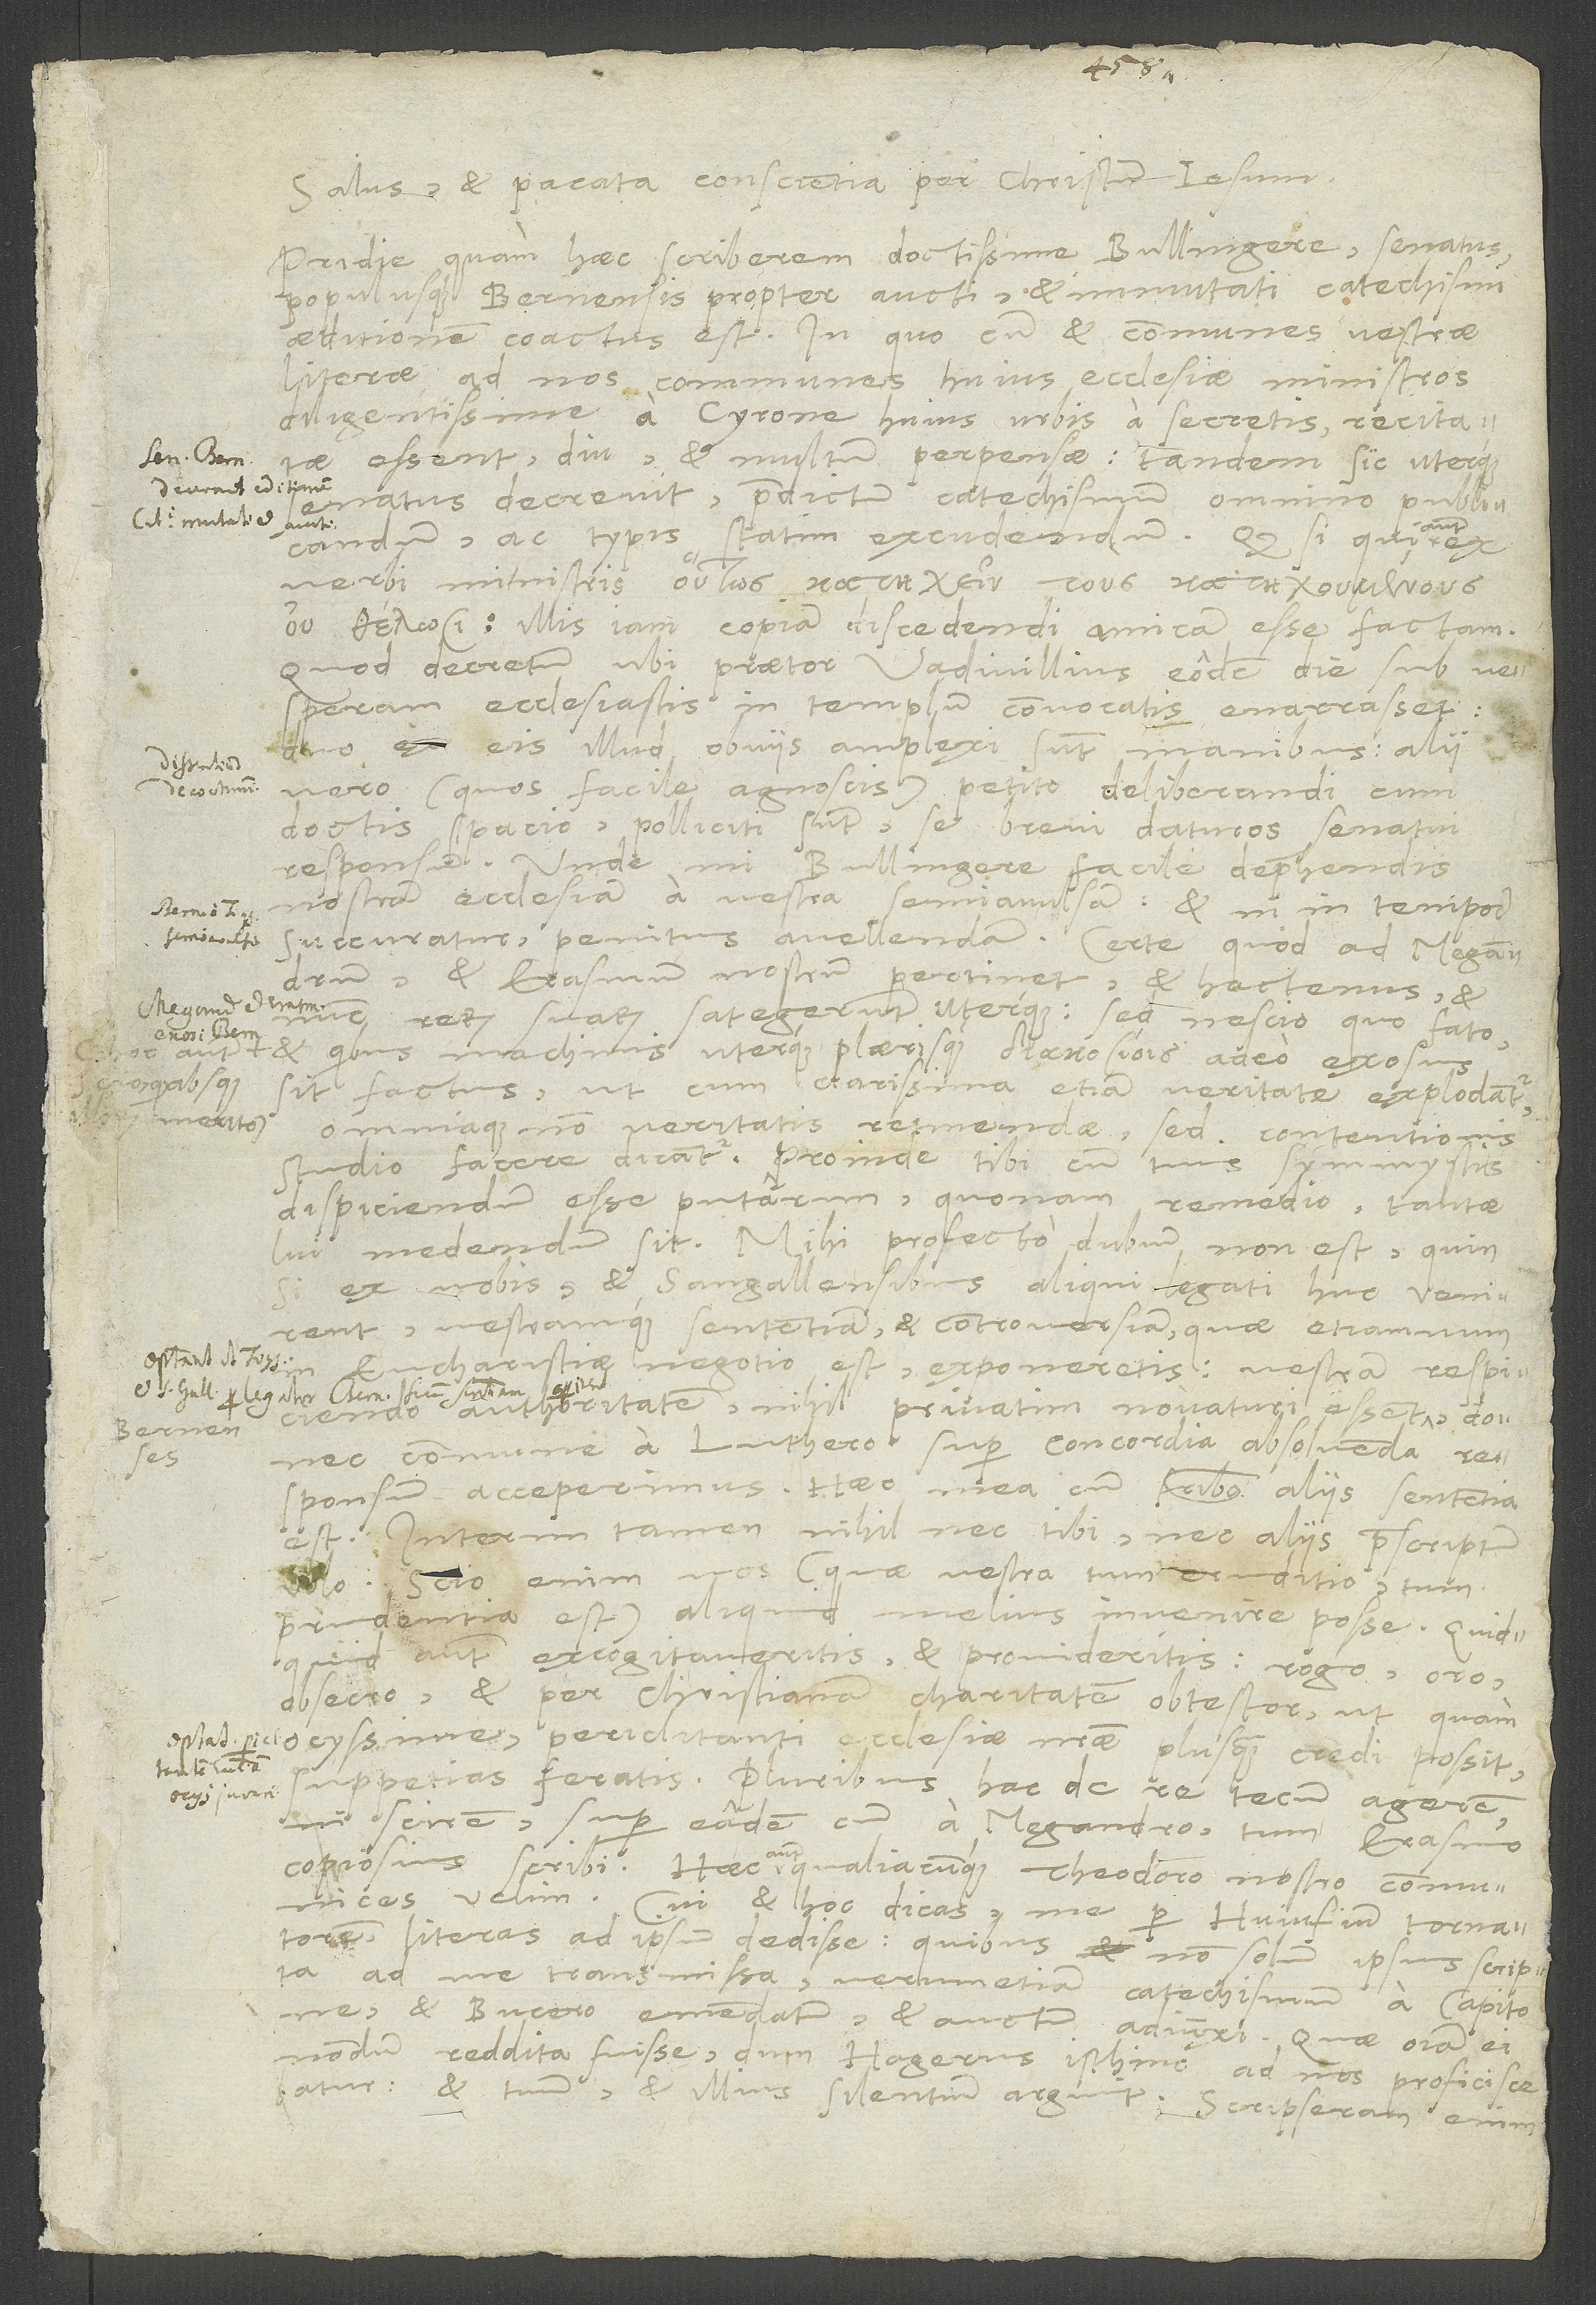
1537.
Salus et pacata conscientia per Christum Iesum.
Pridie quam haec scriberem, doctissime Bullingere, senatus
populusque Bernensis propter aucti et immutati catechismi
aeditionem coactus est. In quo cum et communes vestrae
literae ad nos communes huius ecclesiae ministros
diligentissime a Cyrone, huius urbis a secretis, recitatae
essent, diu et multum perpensae, tandem sic uterque
senatus decrevit: Praedictum catechismum omnino publicandum
ac typis statim excudendum. Quod si qui
verbi ministris ,
illis iam copiam discedendi amicam esse factam.
Quod decretum ubi praetor Vadivillius eodem die sub vesperam
ecclesiastis in templum convocatis enarrasset,
eis illud obviis amplexi sunt manibus; alii
vero (quos facile agnoscis) petito deliberandi cum
doctis spacio polliciti sunt se brevi daturos senatui
responsum. Unde, mi Bullingere, facile deprehendis
nostram ecclesiam a vestra semiavulsam et, ni in tempore
succuratur, penitus avellendam. Certe, quod ad Megandrum
et Erasmum nostrum pertinet, et hactenus et
rerum suarum sategerunt uterque; sed nescio quo fato
et quibus machinis uterque plaerisque adeo exosus
sit factus, ut cum clarissima etiam veritate explodantur
omniaque non veritatis retinendae, sed contentionis
studio facere dicantur. Proinde tibi cum tuis symmystis
dispiciendum esse putarim, quonam remedio tantae
lui medendum sit. Mihi profecto dubium non est, quin,
ex vobis et Sangallensibus aliqui legati huc venirent
vestramque sententiam et controversiam, quae etiamnum
in eucharistiae negotio est, exponeretis, vestram respiciendo
authoritatem nihil privatim novaturi essent
Bernenses,
commune a Luthero super concordia absolvenda
se
responsum acceperimus. Haec mea cum fratribus aliis sententia
est. Interim tamen nihil nec tibi nec aliis praescriptum
volo; scio enim vos (quae vestra tum eruditio tum
prudentia est) aliquid melius invenire posse. Quidquid
excogitaveritis et provideritis, rogo, oro,
obsecro et per christianam charitatem obtestor, ut quam
ocyssime periclitanti ecclesiae nostrae plus quam credi possit,
suppetias feratis. Pluribus hac de re tecum agerem,
scirem super eadem cum a Megandro tum Erasmo
copiosius scribi. Haec autem qualiacunque Theodoro nostro communices
velim. Cui et hoc dicas, me per Huiufium tornatorem
literas ad ipsum dedisse, quibus non solum ipsius scripta
ad me transmissa, verumetiam catechismum a Capitone
et Bucero emendatum et auctum adiunxi. Quae omnia ei
nondum reddita fuisse, dum Hagerus ad nos proficiscebatur,
et tuum et illius silentium arguit; scripseram enim